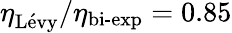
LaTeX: \eta_{\textrm{L\' evy}}/\eta_{\textrm{bi-exp}}=0.85